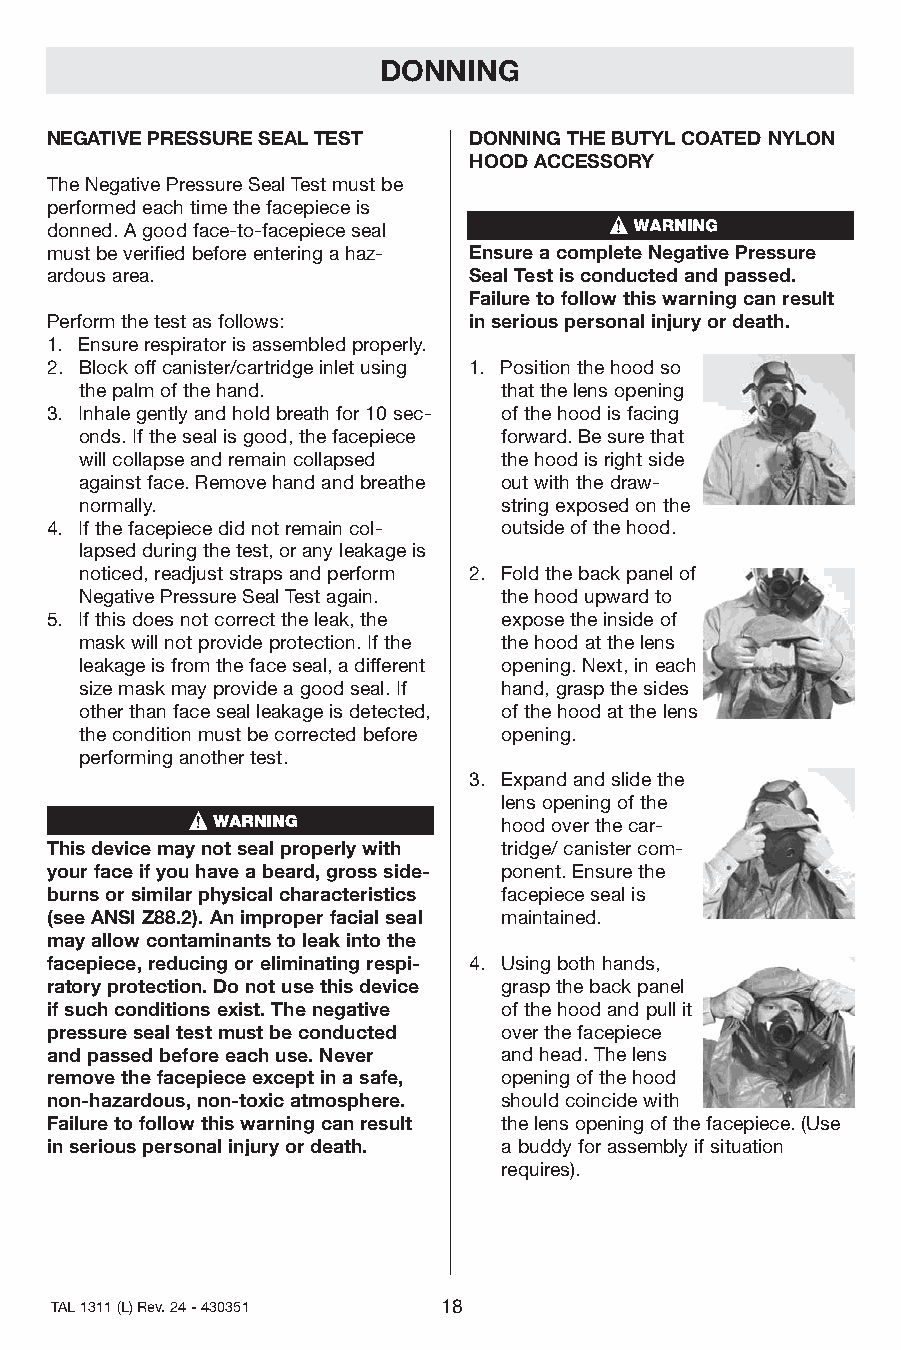
DONNING
 NEGATIVEPRESSURESEALTEST    DONNINGTHEBUTYLCOATEDNYLON
 HOODACCESSORY
 TheNegativePressureSealTestmustbe
 performedeachtimethefacepieceis
 donned.Agoodface-to-facepieceseal
 mustbeverifiedbeforeenteringahaz- EnsureacompleteNegativePressure
 ardousarea.                 SealTestisconductedandpassed.
 Failuretofollowthiswarningcanresult
 Performthetestasfollows:    inseriouspersonalinjuryordeath.
 1. Ensurerespiratorisassembledproperly.
 2. Blockoffcanister/cartridgeinletusing 1. Positionthehoodso
 thepalmofthehand.           thatthelensopening
 3. Inhalegentlyandholdbreathfor10sec- ofthehoodisfacing
 onds.Ifthesealisgood,thefacepiece forward.Besurethat
 willcollapseandremaincollapsed thehoodisrightside
 againstface.Removehandandbreathe outwiththedraw-
 normally.                   stringexposedonthe
 4. Ifthefacepiecedidnotremaincol- outsideofthehood.
 lapsedduringthetest,oranyleakageis
 noticed,readjuststrapsandperform 2. Foldthebackpanelof
 NegativePressureSealTestagain. thehoodupwardto
 5. Ifthisdoesnotcorrecttheleak,the exposetheinsideof
 maskwillnotprovideprotection.Ifthe thehoodatthelens
 leakageisfromthefaceseal,adifferent opening.Next,ineach
 sizemaskmayprovideagoodseal.If hand,graspthesides
 otherthanfacesealleakageisdetected, ofthehoodatthelens
 theconditionmustbecorrectedbefore opening.
 performinganothertest.
 3. Expandandslidethe
 lensopeningofthe
 hoodoverthecar-
 Thisdevicemaynotsealproperlywith tridge/canistercom-
 yourfaceifyouhaveabeard,grossside- ponent.Ensurethe
 burnsorsimilarphysicalcharacteristics facepiecesealis
 (seeANSIZ88.2).Animproperfacialseal maintained.
 mayallowcontaminantstoleakintothe
 facepiece,reducingoreliminatingrespi- 4. Usingbothhands,
 ratoryprotection.Donotusethisdevice graspthebackpanel
 ifsuchconditionsexist.Thenegative ofthehoodandpullit
 pressuresealtestmustbeconducted overthefacepiece
 andpassedbeforeeachuse.Never  andhead.Thelens
 removethefacepieceexceptinasafe, openingofthehood
 non-hazardous,non-toxicatmosphere. shouldcoincidewith
 Failuretofollowthiswarningcanresult thelensopeningofthefacepiece.(Use
 inseriouspersonalinjuryordeath. abuddyforassemblyifsituation
 requires).
 TAL1311(L)Rev.24-430351   18